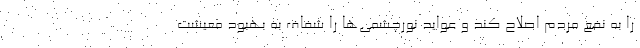
را به نفع مردم اصلاح کند و عواید نورچشمی‌ها را شفاف به بهبود معیشت